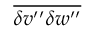
\overline { { { \delta v ^ { \prime \prime } \delta w ^ { \prime \prime } } } }